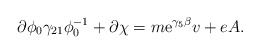
\begin{align*}\partial\phi_0 \gamma_{21} \phi_{0}^{-1} + \partial\chi =m{\rm e}^{\gamma_5 \beta}v + eA .\end{align*}